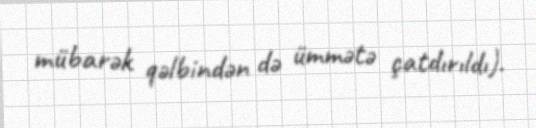
mübarək qəlbindən də ümmətə çatdırıldı).